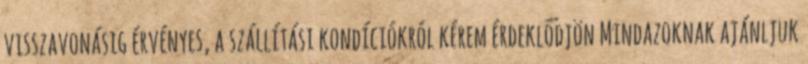
visszavonásig érvényes, a szállítási kondíciókról kérem érdeklődjön Mindazoknak ajánljuk